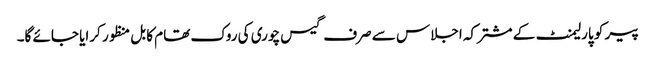
پیر کو پارلیمنٹ کے مشترکہ اجلاس سے صرف گیس چوری کی روک تھام کا بل منظور کرایا جائے گا۔